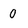
Character: 0